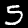
Digit: 5